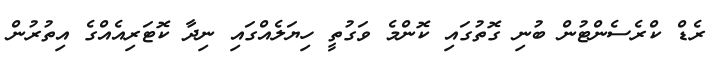
ރެޑް ކްރެސެންޓުން ބުނި ގޮތުގައި ކޮންމެ ވަގުތީ ހިޔަލެއްގައި ނިދާ ކޮޓަރިއެއްގެ އިތުރުން